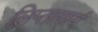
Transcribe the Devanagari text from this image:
लिप्ताचार्य